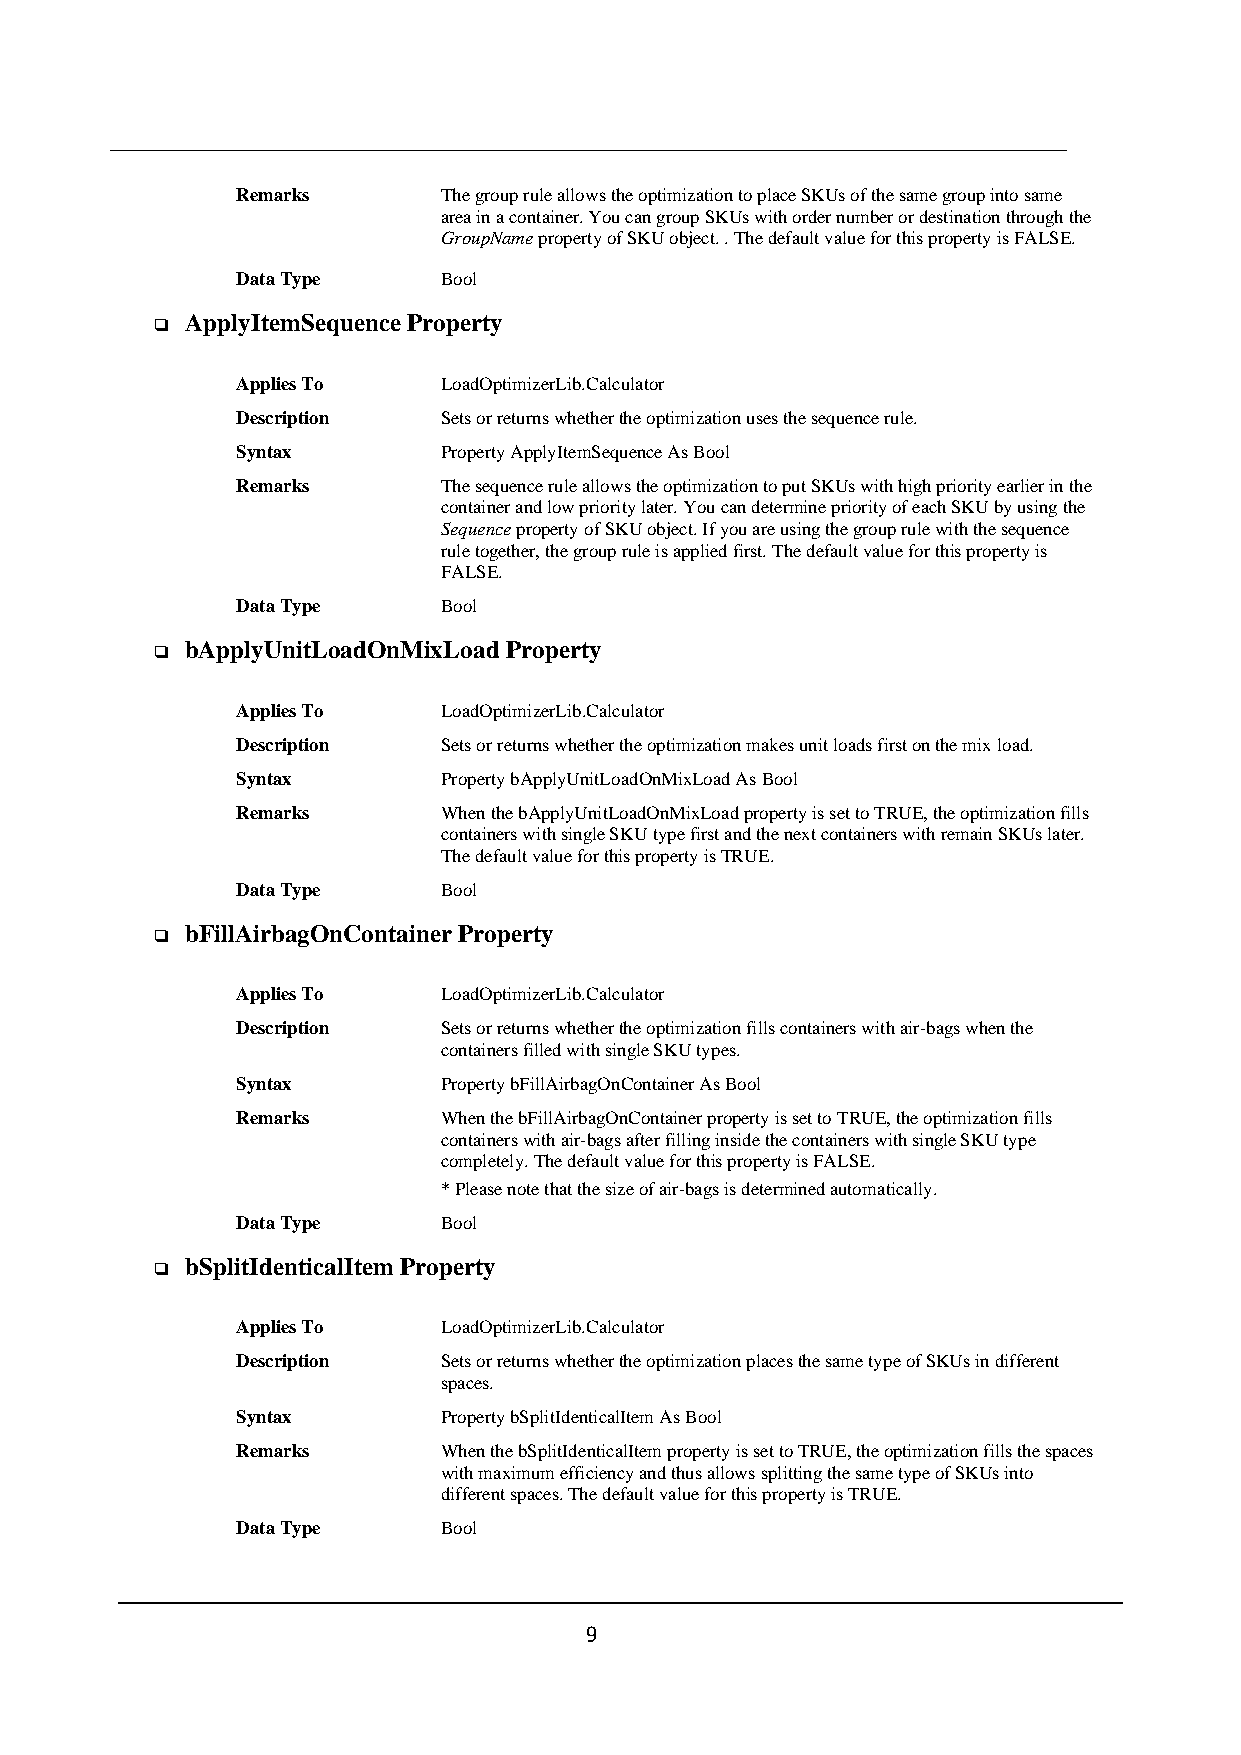
Remarks      The group rule allows the optimization to place SKUs of the same group into same
 area in a container. You can group SKUs with order number or destination through the
 GroupName property of SKU object. . The default value for this property is FALSE.
 Data Type    Bool
 ApplyItemSequence Property
 ❑
 Applies To   LoadOptimizerLib.Calculator
 Description  Sets or returns whether the optimization uses the sequence rule.
 Syntax       Property ApplyItemSequence As Bool
 Remarks      The sequence rule allows the optimization to put SKUs with high priority earlier in the
 container and low priority later. You can determine priority of each SKU by using the
 Sequence property of SKU object. If you are using the group rule with the sequence
 rule together, the group rule is applied first. The default value for this property is
 FALSE.
 Data Type    Bool
 bApplyUnitLoadOnMixLoad Property
 ❑
 Applies To   LoadOptimizerLib.Calculator
 Description  Sets or returns whether the optimization makes unit loads first on the mix load.
 Syntax       Property bApplyUnitLoadOnMixLoad As Bool
 Remarks      When the bApplyUnitLoadOnMixLoad property is set to TRUE, the optimization fills
 containers with single SKU type first and the next containers with remain SKUs later.
 The default value for this property is TRUE.
 Data Type    Bool
 bFillAirbagOnContainer Property
 ❑
 Applies To   LoadOptimizerLib.Calculator
 Description  Sets or returns whether the optimization fills containers with air-bags when the
 containers filled with single SKU types.
 Syntax       Property bFillAirbagOnContainer As Bool
 Remarks      When the bFillAirbagOnContainer property is set to TRUE, the optimization fills
 containers with air-bags after filling inside the containers with single SKU type
 completely. The default value for this property is FALSE.
 * Please note that the size of air-bags is determined automatically.
 Data Type    Bool
 bSplitIdenticalItem Property
 ❑
 Applies To   LoadOptimizerLib.Calculator
 Description  Sets or returns whether the optimization places the same type of SKUs in different
 spaces.
 Syntax       Property bSplitIdenticalItem As Bool
 Remarks      When the bSplitIdenticalItem property is set to TRUE, the optimization fills the spaces
 with maximum efficiency and thus allows splitting the same type of SKUs into
 different spaces. The default value for this property is TRUE.
 Data Type    Bool
 9